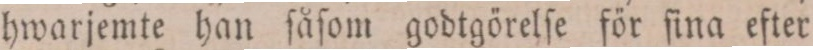
hwarjemte han ſåſom godtgörelſe för ſina efter